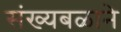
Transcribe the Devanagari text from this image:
संख्यबळाने